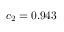
c _ { 2 } = 0 . 9 4 3